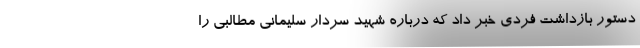
دستور بازداشت فردی خبر داد که درباره شهید سردار سلیمانی مطالبی را